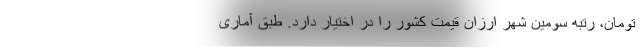
تومان، رتبه سومین شهر ارزان قیمت کشور را در اختیار دارد. طبق آماری